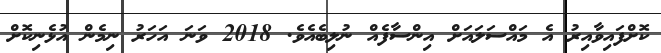
ކޮށްފައިވާއިރު އެ މައްސަލައަށް އިންސާފެއް ނުލިބެއެވެ. 2018 ވަނަ އަހަރު ނިމެން އުޅެނިކޮށް